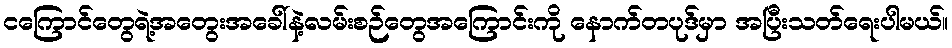
ငကြောင်တွေရဲ့အတွေးအခေါ်နဲ့လမ်းစဉ်တွေအကြောင်းကို နောက်တပုဒ်မှာ အပြီးသတ်ရေးပါမယ်။